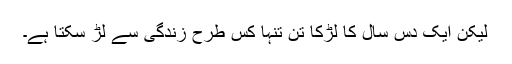
لیکن ایک دس سال کا لڑکا تنِ تنہا کس طرح زندگی سے لڑ سکتا ہے۔